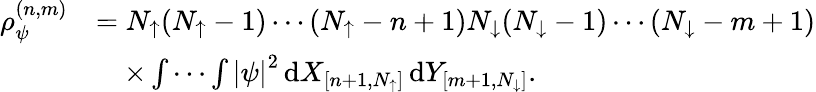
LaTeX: \begin{array}{rl}{\rho_{\psi}^{(n,m)}}&{=N_{\uparrow}(N_{\uparrow}-1)\cdots(N_{\uparrow}-n+1)N_{\downarrow}(N_{\downarrow}-1)\cdots(N_{\downarrow}-m+1)}\\ &{\quad\times\idotsint\left\vert\psi\right\vert^{2}\, \textnormal{d}X_{[n+1,N_{\uparrow}]}\, \textnormal{d}Y_{[m+1,N_{\downarrow}]}.}\end{array}